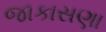
જાકાસણા